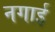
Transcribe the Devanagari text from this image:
नगाई